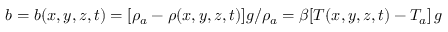
b = b ( x , y , z , t ) = [ \rho _ { a } - \rho ( x , y , z , t ) ] g / \rho _ { a } = \beta [ T ( x , y , z , t ) - T _ { a } ] \, g